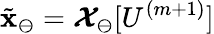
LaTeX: \tilde{\mathbf{x}}_{\ominus}=\boldsymbol{\mathcal{X}}_{\ominus}[U^{(m+1)}]